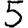
Digit: 5